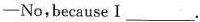
——No,because I___.